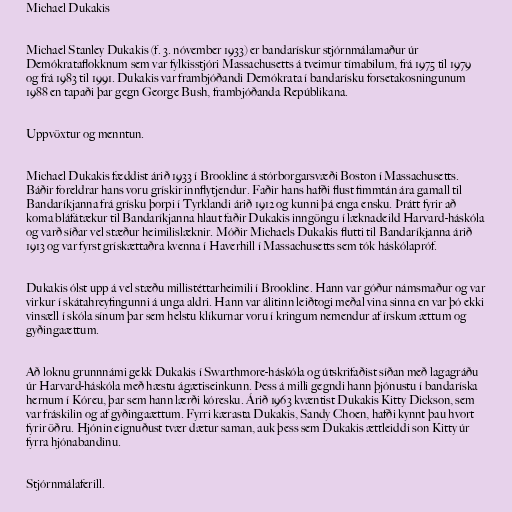
Michael Dukakis

Michael Stanley Dukakis (f. 3. nóvember 1933) er bandarískur stjórnmálamaður úr
Demókrataflokknum sem var fylkisstjóri Massachusetts á tveimur tímabilum, frá 1975 til 1979
og frá 1983 til 1991. Dukakis var frambjóðandi Demókrata í bandarísku forsetakosningunum
1988 en tapaði þar gegn George Bush, frambjóðanda Repúblikana.

Uppvöxtur og menntun.

Michael Dukakis fæddist árið 1933 í Brookline á stórborgarsvæði Boston í Massachusetts.
Báðir foreldrar hans voru grískir innflytjendur. Faðir hans hafði flust fimmtán ára gamall til
Bandaríkjanna frá grísku þorpi í Tyrklandi árið 1912 og kunni þá enga ensku. Þrátt fyrir að
koma bláfátækur til Bandaríkjanna hlaut faðir Dukakis inngöngu í læknadeild Harvard-háskóla
og varð síðar vel stæður heimilislæknir. Móðir Michaels Dukakis flutti til Bandaríkjanna árið
1913 og var fyrst grískættaðra kvenna í Haverhill í Massachusetts sem tók háskólapróf.

Dukakis ólst upp á vel stæðu millistéttarheimili í Brookline. Hann var góður námsmaður og var
virkur í skátahreyfingunni á unga aldri. Hann var álitinn leiðtogi meðal vina sinna en var þó ekki
vinsæll í skóla sínum þar sem helstu klíkurnar voru í kringum nemendur af írskum ættum og
gyðingaættum.

Að loknu grunnnámi gekk Dukakis í Swarthmore-háskóla og útskrifaðist síðan með lagagráðu
úr Harvard-háskóla með hæstu ágætiseinkunn. Þess á milli gegndi hann þjónustu í bandaríska
hernum í Kóreu, þar sem hann lærði kóresku. Árið 1963 kvæntist Dukakis Kitty Dickson, sem
var fráskilin og af gyðingaættum. Fyrri kærasta Dukakis, Sandy Choen, hafði kynnt þau hvort
fyrir öðru. Hjónin eignuðust tvær dætur saman, auk þess sem Dukakis ættleiddi son Kitty úr
fyrra hjónabandinu.

Stjórnmálaferill.